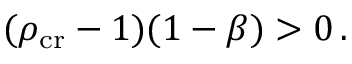
( \rho _ { \mathrm { c r } } - 1 ) ( 1 - \beta ) > 0 \, .